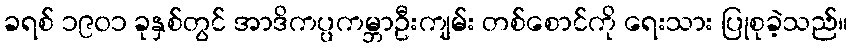
ခရစ် ၁၉၀၁ ခုနှစ်တွင် အာဒိကပ္ပကမ္ဘာဦးကျမ်း တစ်စောင်ကို ရေးသား ပြုစုခဲ့သည်။